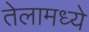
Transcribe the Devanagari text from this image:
तेलामध्ये